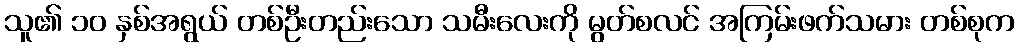
သူ၏ ၁၀ နှစ်အရွယ် တစ်ဦးတည်းသော သမီးလေးကို မွတ်စလင် အကြမ်းဖက်သမား တစ်စုက